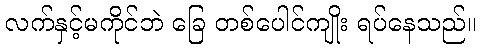
လက်နှင့်မကိုင်ဘဲ ခြေ တစ်ပေါင်ကျိုး ရပ်နေသည်။